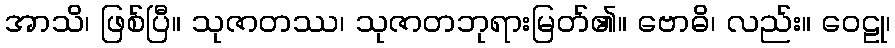
အာသိ၊ ဖြစ်ပြီ။ သုဇာတဿ၊ သုဇာတဘုရားမြတ်၏။ ဗောဓိ၊ လည်း။ ဝေဠု၊